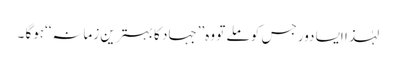
لہٰذا ایسا دور جس کو ملے تو وہ’’جہاد کا بہترین زمانہ‘‘ہوگا ۔